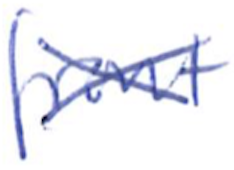
Text: front
Cross-out: cross
Writing tool: ballpoint